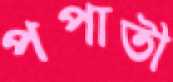
পপাতী